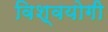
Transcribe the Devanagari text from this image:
विश्वयोगी